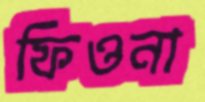
ফিওনা